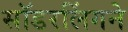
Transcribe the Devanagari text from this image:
सॉडरलिंगने